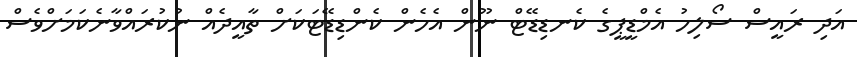
އަދި ރައީސް ސޯލިހު އެމްޑީޕީގެ ކެނޑިޑޭޓް ނޫން އެހެން ކެންޑިޑޭޓަކަށް ތާއީދެއް ނުކުރައްވާނެކަމަށްވެސް